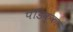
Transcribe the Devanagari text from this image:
पंडिक्का